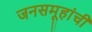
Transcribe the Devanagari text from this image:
जनसमूहांची